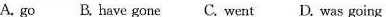
A. go B. have gone C. went D. was going